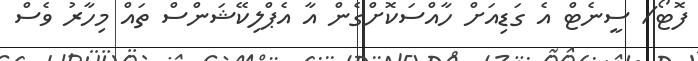
ފޮޓޯ/ ސީނެޓް އެ ގަޑިއަށް ހާއްސަކޮށްގެން އާ އެޕްލިކޭޝަންސް ތައް މިހާރު ވެސް